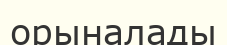
орыналады